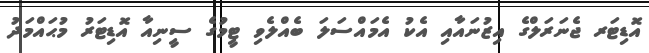
އޮޑިޓަރ ޖެނަރަލްގެ އިޒުނައާއި އެކު އެމައްސަލަ ބެއްލެވި ޓީމުގެ ސީނިއާ އޮޑިޓަރު މުޙައްމަދު